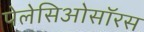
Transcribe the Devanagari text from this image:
पेलेसिओसॉरस